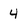
Character: 4